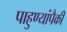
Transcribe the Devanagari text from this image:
पाहुण्यांपैकी